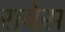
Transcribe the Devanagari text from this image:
रायेस